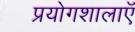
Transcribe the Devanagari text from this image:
प्रयोगशालाऍं